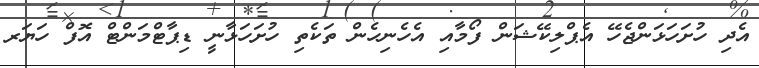
އެދި ހުށަހަޅަންޖެހޭ އެޕްލިކޭޝަން ފޯމާއި އެހެނިހެން ތަކެތި ހުށަހަޅާނީ ޑިޕާޓްމަންޓް އޮފް ހަޔަރ